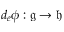
d _ { e } \phi : { \mathfrak { g } } \to { \mathfrak { h } }